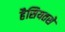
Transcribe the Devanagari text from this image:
हैसियतसे